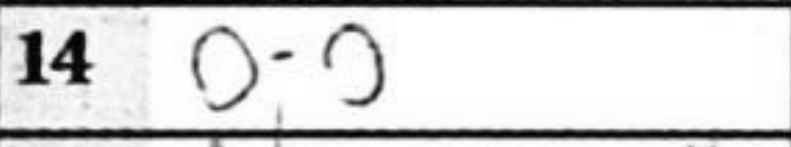
Transcription: O-O